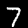
Label: 7